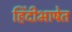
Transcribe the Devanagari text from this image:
हिंदीभाषेत